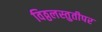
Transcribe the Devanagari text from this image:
विठ्ठलस्तुतीपर